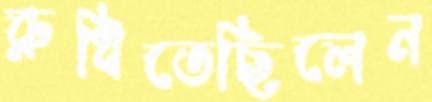
রুধিতেছিলেন